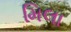
મિલા